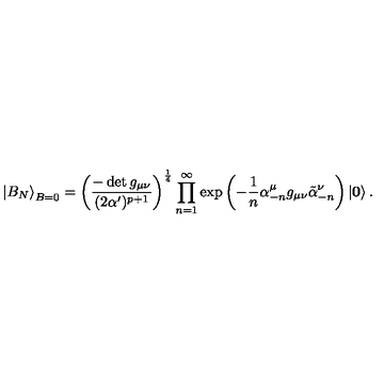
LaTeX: \left| B _ { N } \right\rangle _ { B = 0 } = \left( \frac { - \det g _ { \mu \nu } } { ( 2 \alpha ^ { \prime } ) ^ { p + 1 } } \right) ^ { \frac { 1 } { 4 } } \prod _ { n = 1 } ^ { \infty } \exp \left( - \frac { 1 } { n } \alpha _ { - n } ^ { \mu } g _ { \mu \nu } \tilde { \alpha } _ { - n } ^ { \nu } \right) \left| \mathbf { 0 } \right\rangle .